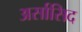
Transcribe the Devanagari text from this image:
अर्सासिद